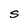
Character: S